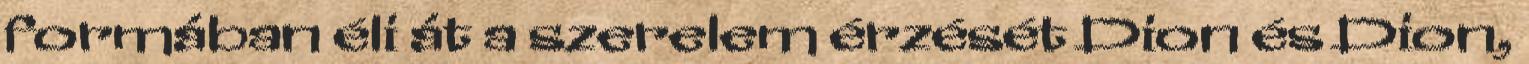
formában éli át a szerelem érzését Dion és Dion,